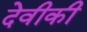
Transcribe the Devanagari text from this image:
देवीकी